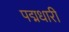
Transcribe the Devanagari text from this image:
पद्मधारी